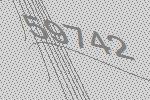
59742